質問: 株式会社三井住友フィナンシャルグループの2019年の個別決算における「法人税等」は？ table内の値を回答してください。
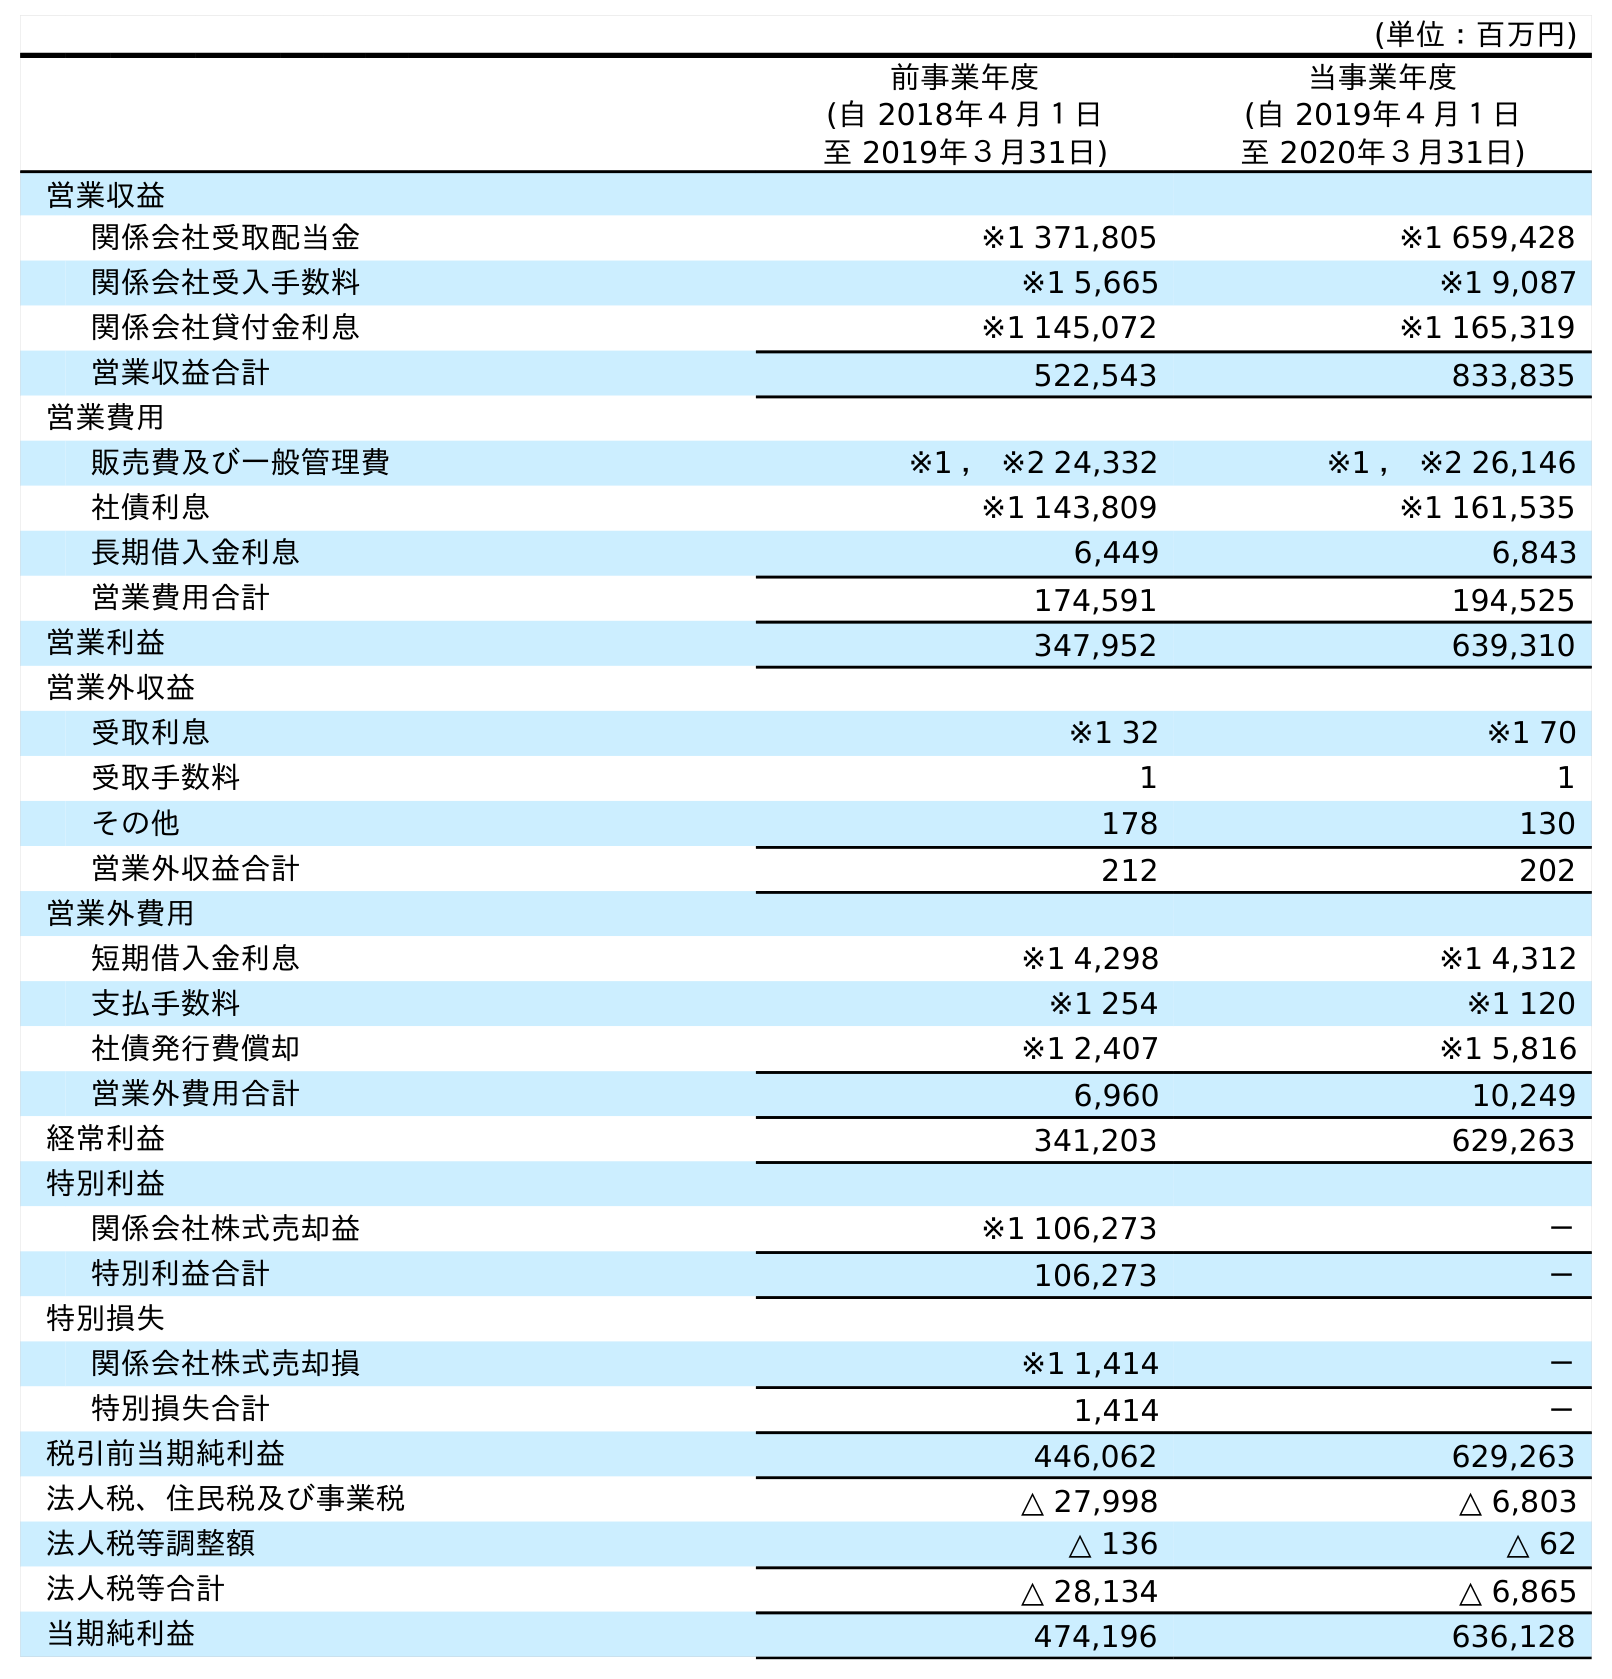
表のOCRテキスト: (単位：百万円) 前事業年度 (自 2018年４月１日 至 2019年３月31日) 当事業年度 (自 2019年４月１日 至 2020年３月31日) 営業収益 関係会社受取配当金 ※1 371,805 ※1 659,428 関係会社受入手数料 ※1 5,665 ※1 9,087 関係会社貸付金利息 ※1 145,072 ※1 165,319 営業収益合計 522,543 833,835 営業費用 販売費及び一般管理費 ※1 ， ※2 24,332 ※1 ， ※2 26,146 社債利息 ※1 143,809 ※1 161,535 長期借入金利息 6,449 6,843 営業費用合計 174,591 194,525 営業利益 347,952 639,310 営業外収益 受取利息 ※1 32 ※1 70 受取手数料 1 1 その他 178 130 営業外収益合計 212 202 営業外費用 短期借入金利息 ※1 4,298 ※1 4,312 支払手数料 ※1 254 ※1 120 社債発行費償却 ※1 2,407 ※1 5,816 営業外費用合計 6,960 10,249 経常利益 341,203 629,263 特別利益 関係会社株式売却益 ※1 106,273 － 特別利益合計 106,273 － 特別損失 関係会社株式売却損 ※1 1,414 － 特別損失合計 1,414 － 税引前当期純利益 446,062 629,263 法人税、住民税及び事業税 △ 27,998 △ 6,803 法人税等調整額 △ 136 △ 62 法人税等合計 △ 28,134 △ 6,865 当期純利益 474,196 636,128
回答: △28,134